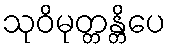
သုဝိမုတ္တန္တိပေ